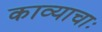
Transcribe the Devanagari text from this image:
काव्याचाः